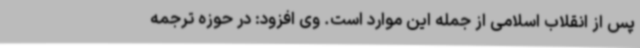
پس از انقلاب اسلامی از جمله این موارد است. وی افزود: در حوزه ترجمه